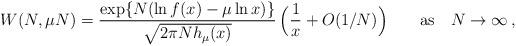
LaTeX: \begin{align*} W(N,\mu N) = \frac{ \exp \{ N (\ln f(x) - \mu \ln x) \} } { \sqrt{ 2\pi N h_\mu(x) } } \, \Bigl( \frac{1}{x} + O(1/N) \Bigr) \qquad {\rm as} \quad N\rightarrow \infty \,,\end{align*}